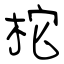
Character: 柁